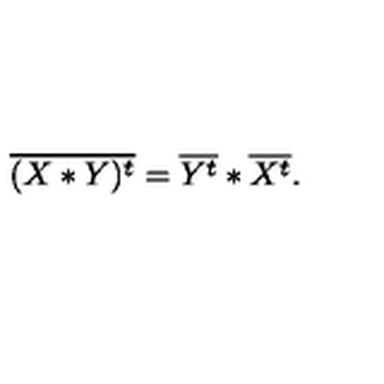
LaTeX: \overline { { ( X * Y ) ^ { t } } } = \overline { { Y ^ { t } } } * \overline { { X ^ { t } } } .